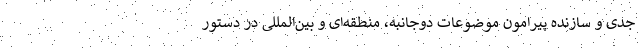
جدی و سازنده پیرامون موضوعات دوجانبه، منطقه‌ای و بین‌المللی در دستور